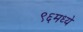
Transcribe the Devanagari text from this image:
९६मध्ये